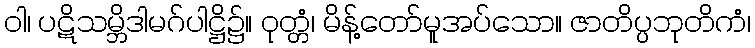
ဝါ၊ ပဋိသမ္ဘိဒါမဂ်ပါဋ္ဌိ၌။ ဝုတ္တံ၊ မိန့်တော်မူအပ်သော။ ဇာတိပ္ပဘုတိကံ၊